Civil Veterinary Dept. Bombay admin report 1914-1922 - 1914-1922
Year: 1914
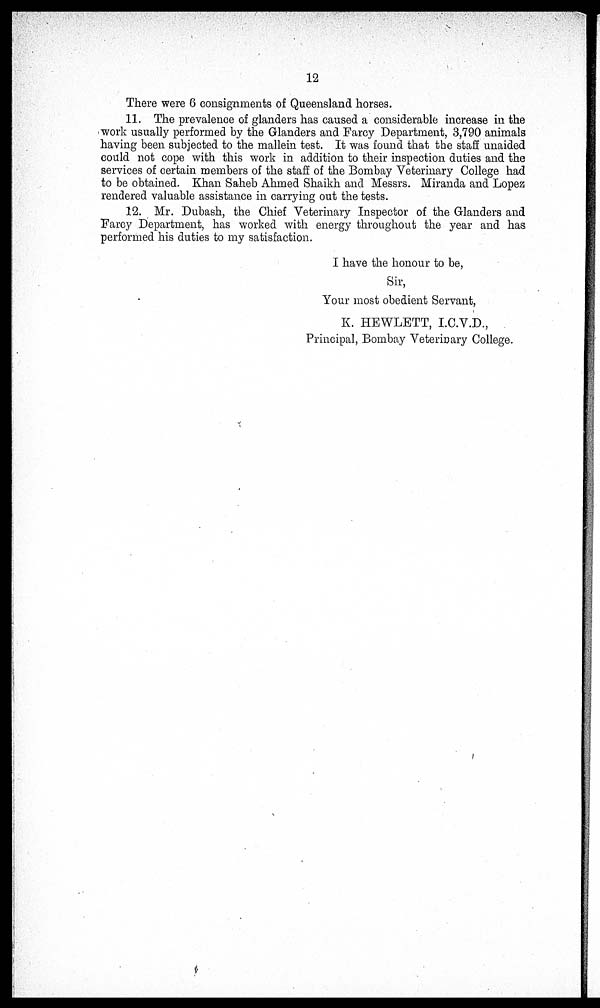
12
There were 6 consignments of Queensland horses.
11. The prevalence of glanders has caused a considerable increase in the
work usually performed by the Glanders and Farcy Department, 3,790 animals
having been subjected to the mallein test. It was found that the staff unaided
could not cope with this work in addition to their inspection duties and the
services of certain members of the staff of the Bombay Veterinary College had
to be obtained. Khan Saheb Ahmed Shaikh and Messrs. Miranda and Lopez
rendered valuable assistance in carrying out the tests.
12. Mr. Dubash, the Chief Veterinary Inspector of the Glanders and
Farcy Department, has worked with energy throughout the year and has
performed his duties to my satisfaction.
I have the honour to be,
Sir,
Your most obedient Servant,
K. HEWLETT, I.C.V.D.,
Principal, Bombay Veterinary College.